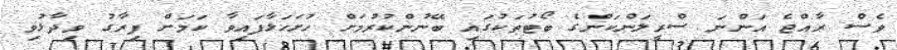
ވެސް ރާއްޖެ އަންނަ ސްރީލަންކަންގެ ބޯޓުތަކުގައި ބޭނުންކުރުމަށް ހުށަހަޅާފައިވާ ކަމަށް ފިރާގު ވިދާޅުވި